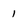
Character: 1